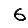
Digit: 6